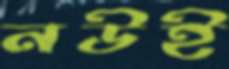
নউই